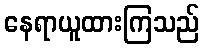
နေရာယူထားကြသည်